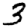
Digit: 3